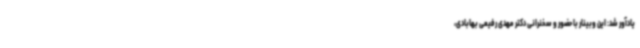
یادآور شد: این وبینار با حضور و سخنرانی دکتر مهدی رفیعی بهابادی،